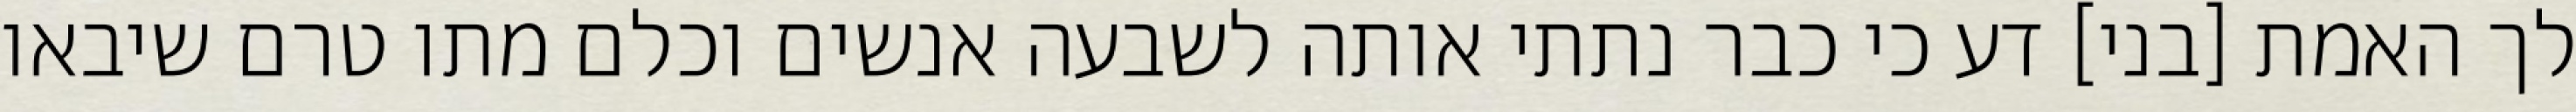
לך האמת [בני] דע כי כבר נתתי אותה לשבעה אנשים וכלם מתו טרם שיבאו